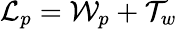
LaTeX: \mathcal{L}_{p}=\mathcal{W}_{p}+\mathcal{T}_{w}